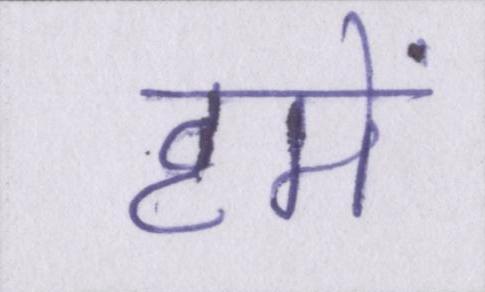
हमें